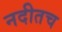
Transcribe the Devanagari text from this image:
नदीतच